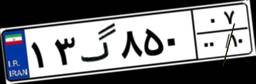
۱۳گ۸۵۰۰۷